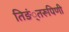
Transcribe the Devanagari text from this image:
तिङं्तरूपिणी